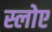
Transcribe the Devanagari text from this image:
स्लोए